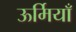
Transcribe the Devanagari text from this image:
ऊर्मियाँ